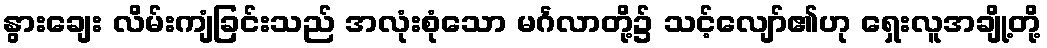
နွားချေး လိမ်းကျံခြင်းသည် အလုံးစုံသော မင်္ဂလာတို့၌ သင့်လျော်၏ဟု ရှေးလူအချို့တို့